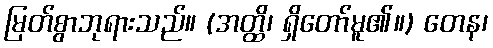
မြတ်စွာဘုရားသည်။ (အတ္ထိ၊ ရှိတော်မူ၏။) တေန၊